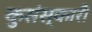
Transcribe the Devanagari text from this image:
कुसंस्कारी